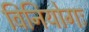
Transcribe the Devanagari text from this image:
विनियोगः